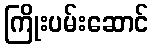
ကြိုးပမ်းဆောင်